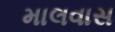
માલવાસ